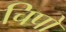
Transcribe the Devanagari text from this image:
चिपो